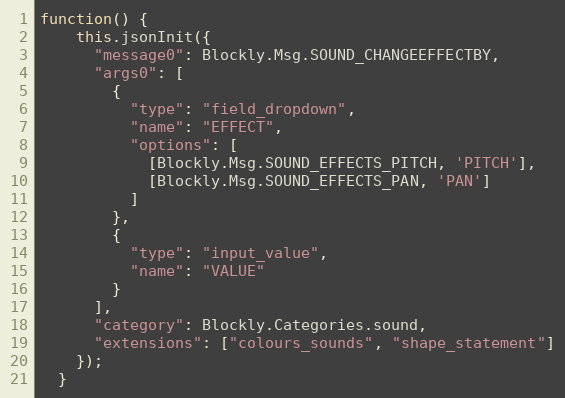
Language: JavaScript
function() {
    this.jsonInit({
      "message0": Blockly.Msg.SOUND_CHANGEEFFECTBY,
      "args0": [
        {
          "type": "field_dropdown",
          "name": "EFFECT",
          "options": [
            [Blockly.Msg.SOUND_EFFECTS_PITCH, 'PITCH'],
            [Blockly.Msg.SOUND_EFFECTS_PAN, 'PAN']
          ]
        },
        {
          "type": "input_value",
          "name": "VALUE"
        }
      ],
      "category": Blockly.Categories.sound,
      "extensions": ["colours_sounds", "shape_statement"]
    });
  }